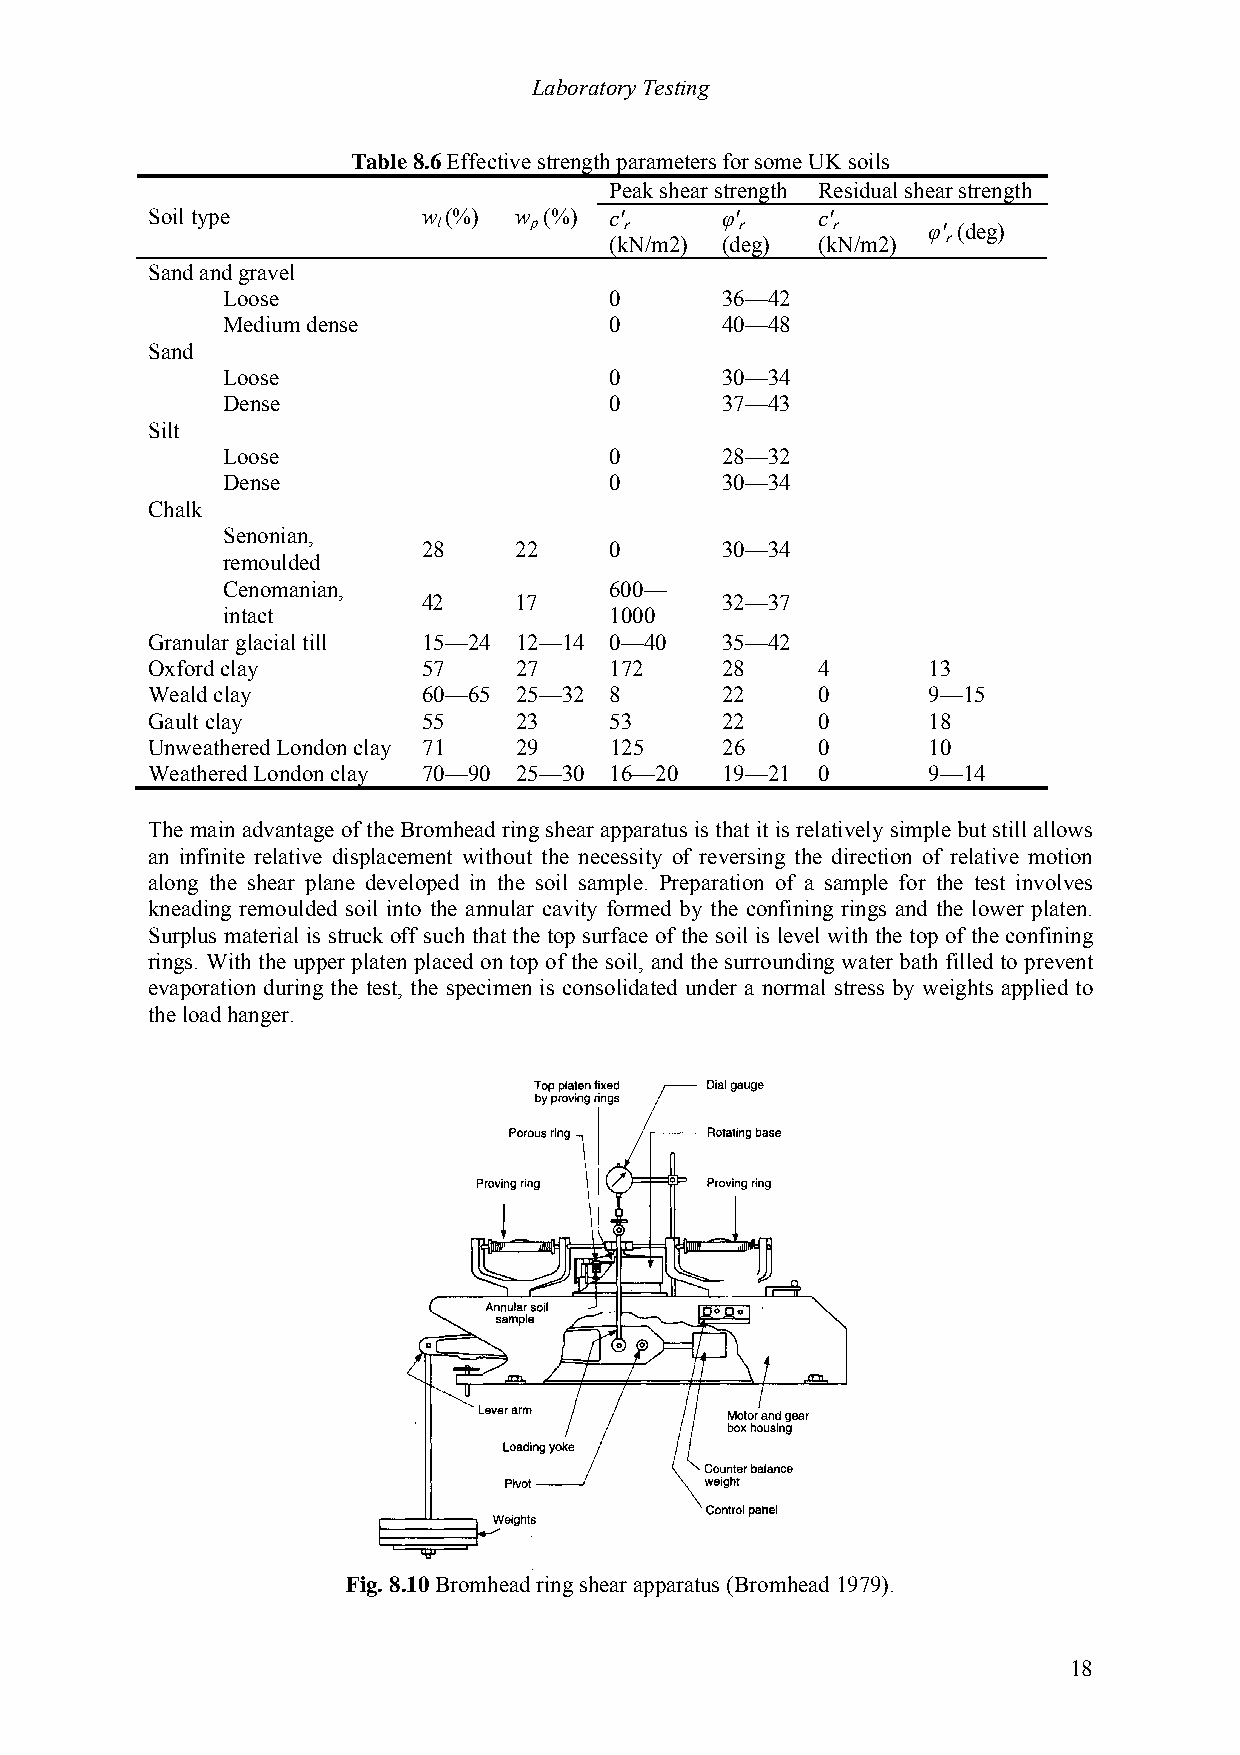
Laboratory Testing
 Table 8.6 Effective strength parameters for some UK soils
 Peak shear strength Residual shear strength
 Soil type         w (%) w (%) c'      φ'    c'
 l     p     r       r     r     φ' (deg)
 (kN/m2) (deg) (kN/m2)  r
 Sand and gravel
 Loose                    0       36—42
 Medium dense             0       40—48
 Sand
 Loose                    0       30—34
 Dense                    0       37—43
 Silt
 Loose                    0       28—32
 Dense                    0       30—34
 Chalk
 Senonian,
 28    22    0       30—34
 remoulded
 Cenomanian,              600—
 42    17            32—37
 intact                   1000
 Granular glacial till 15—24 12—14 0—40 35—42
 Oxford clay       57    27    172     28    4      13
 Weald clay        60—65 25—32 8       22    0      9—15
 Gault clay        55    23    53      22    0      18
 Unweathered London clay 71 29 125     26    0      10
 Weathered London clay 70—90 25—30 16—20 19—21 0    9—14
 The main advantage of the Bromhead ring shear apparatus is that it is relatively simple but still allows
 an infinite relative displacement without the necessity of reversing the direction of relative motion
 along the shear plane developed in the soil sample. Preparation of a sample for the test involves
 kneading remoulded soil into the annular cavity formed by the confining rings and the lower platen.
 Surplus material is struck off such that the top surface of the soil is level with the top of the confining
 rings. With the upper platen placed on top of the soil, and the surrounding water bath filled to prevent
 evaporation during the test, the specimen is consolidated under a normal stress by weights applied to
 the load hanger.
 Fig. 8.10 Bromhead ring shear apparatus (Bromhead 1979).
 18